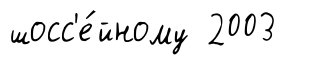
шосс'е́йному 2003